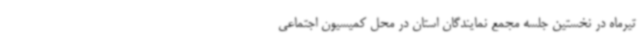
تیرماه در نخستین جلسه مجمع نمایندگان استان در محل کمیسیون اجتماعی